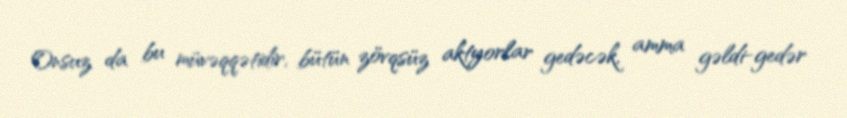
Onsuz da bu müvəqqətidir, bütün zövqsüz aktyorlar gedəcək, amma gəldi-gedər